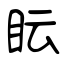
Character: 眃